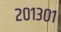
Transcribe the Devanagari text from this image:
२०१३०१